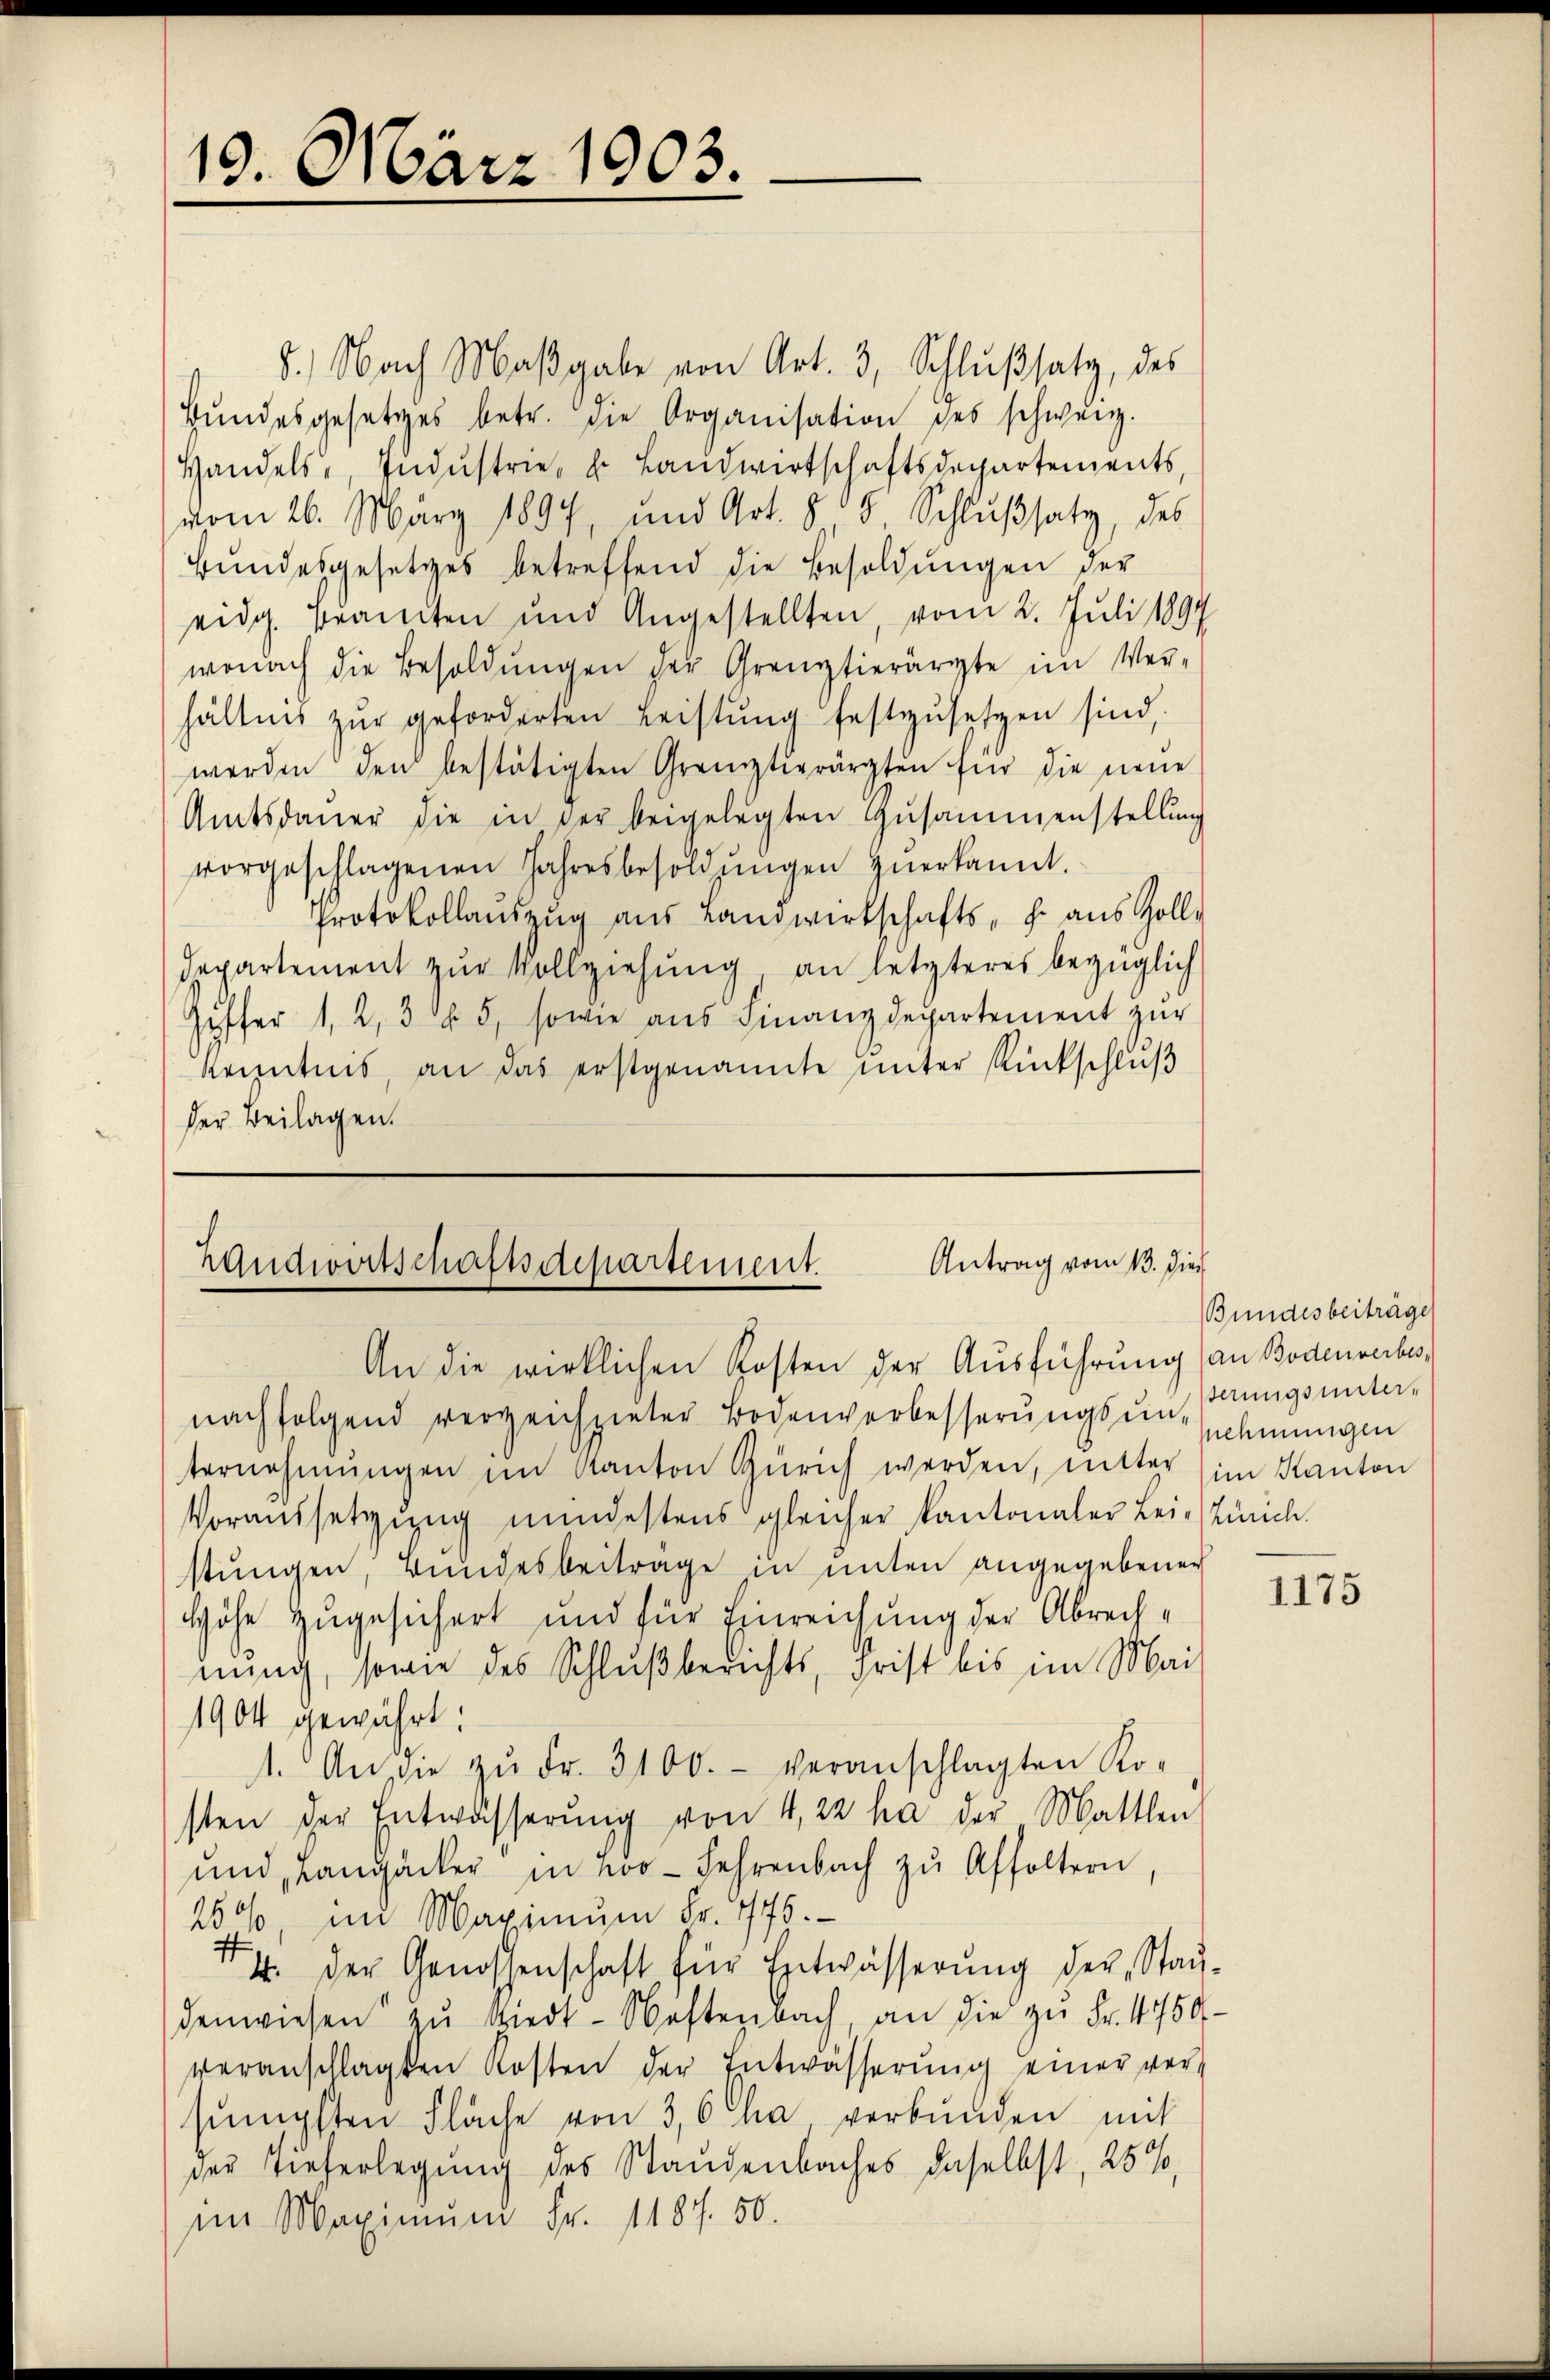
13. März 1903.

8.) Nach Maßgabe von Art. 3, Schlußsatz, des
Bŭndesgesetzes betr. die Organisation des schweiz.
Handels, Indŭstrie- u. Landwirtschaftsdepartements
vom 26. März 1897, und Art. 805 Schlußsatz, des
Bŭndesgesetzes betreffend die Besoldŭngen der
eidg. Beamten und Angestellten, vom 2. Juli 1894
wonach die Besoldungen der Grenztierärzte im Verhältnis zŭr geforderten Leistŭng festzŭsetzen sind,
werden den bestätigten Grenztierärzten für die neue
Amtsdaŭer die in der beigelegten Zusammenstellung
vorgeschlagenen Jahresbesoldŭngen zŭerkannt.
Protokollaŭszŭg aŭs Landwirtschafts, p. aŭs Zoll-
departement zŭr Vollziehung an letzteres bezüglich
Ziffer 1, 2, 3 § 5, sowie aŭs Finanzdepartement zŭr
Kenntnis, an das erstgenannte unter Rückschluß
der Beilagen.

Antrag vom 13. Die
Handwirtschaftsdepartement.
An die wirklichen Kosten der Ausführung (an Bodenwerbes,

nachfolgend verzeichgieter Bodenverbesserŭngsŭnehmungen
ternehmungen im Kanton Zürich werden, mitter im Kanton
Voraussetzung mindestens gleicher Kantonaler Lein Zürich.
stungen, Bundesbeitrage in unten angegebenen
Höhe zugesichert und für Einreichung der Abrechnung, sowie des Schlußberichts, Frist bis im Mai
1904 gewährt:
1. An die zŭ Fr. 3100.- veranschlagten Ko-
sten der Entwässerŭng von 4,22 ha der Mattlen
und, Langacker in Loo-Lehrenbach zŭ Affoltern
250, im Maximŭm Fr. 775.
14. der Genossenschaft für Entwässerung der Stad-
denwiesen zŭ wert- Wastenbach, an die zu Fr. 4750
veranschlagten Kosten der Entwässerŭng einer ver-
sämpften Fläche von 3,6 ha verbunden mit
der Tieferlegung des Standenbaches daselbst, 25%,
im Maximum Fr. 1187. 50.

Bundesbeiträge
terungsunter-

1175